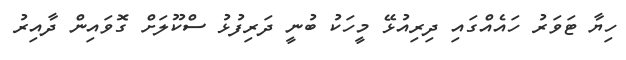
ހިޔާ ޓަވަރު ހައެއްގައި ދިރިއުޅޭ މީހަކު ބުނީ ދަރިފުޅު ސްކޫލަށް ގޮވައިން ދާއިރު